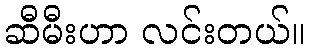
ဆီမီးဟာ လင်းတယ်။